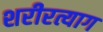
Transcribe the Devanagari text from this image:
शरीरत्याग